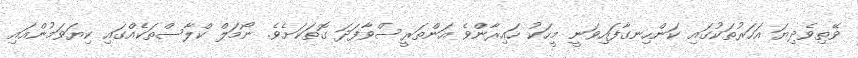
ވޭތިވެދިޔަ އަހަރުތަކުގައި ކަންހިނގާފައިވަނީ މީހަކު ހައިރާންވެ އަންތަރީސްވާފަދަ ގޮތަކަށެވެ. ނޯމަލް ކްލާސްތަކެއްގައި ކިޔަވަމުންއައި